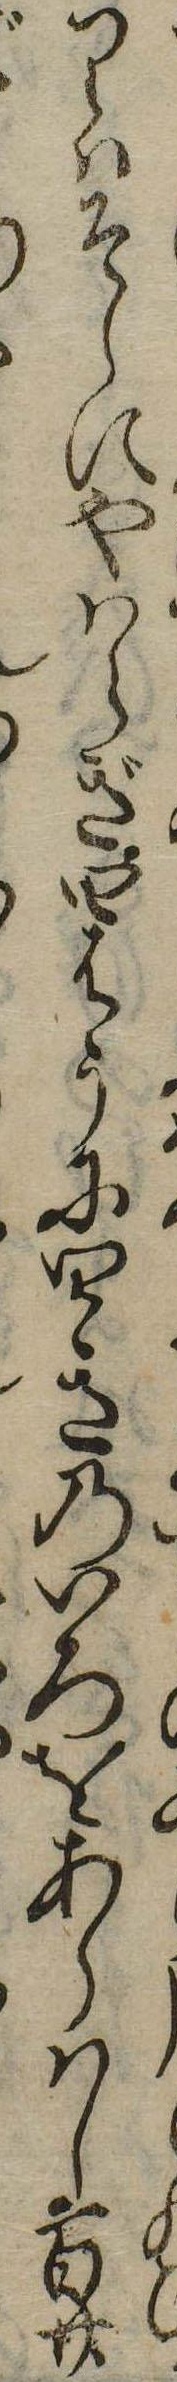
りはそらにやはらぎ四はうに四きのいろをあらはし百廿